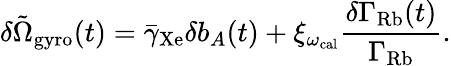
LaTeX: \delta\tilde{\Omega}_{\mathrm{gyro}}(t)=\bar{\gamma}_{\mathrm{Xe}}\delta b_{A}(t)+\xi_{\omega_{\mathrm{cal}}}\frac{\delta\Gamma_{\mathrm{Rb}}(t)}{\Gamma_{\mathrm{Rb}}}.